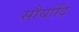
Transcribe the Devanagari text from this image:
सौर्यादि